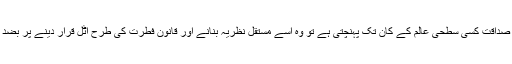
جب یہی صداقت کسی سطحی عالم کے کان تک پہنچتی ہے تو وہ اسے مستقل نظریہ بنانے اور قانون فطرت کی طرح اٹل قرار دینے پر بضد رہتا ہے۔